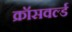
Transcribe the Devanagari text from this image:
क्रॉसवर्ल्ड